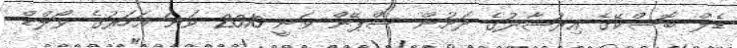
ޑެލް ބޮސްކޭގެ އިރުޝާދުގެ ދަށުން ސްޕޭން ވަނީ 2010 ވަނަ އަހަރުގެ ވޯލްޑް